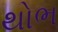
થોભ